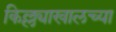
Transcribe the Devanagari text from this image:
किल्ल्याखालच्या